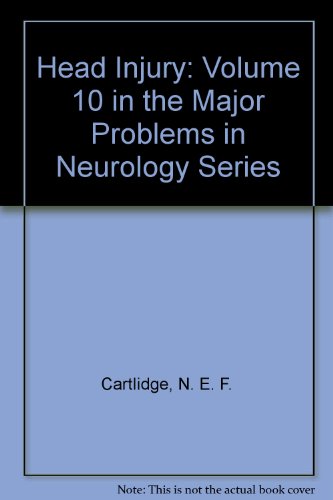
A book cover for Head Injuries (Major Problems in Neurology Series); N.E.F. Cartlidge; Health, Fitness & Dieting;